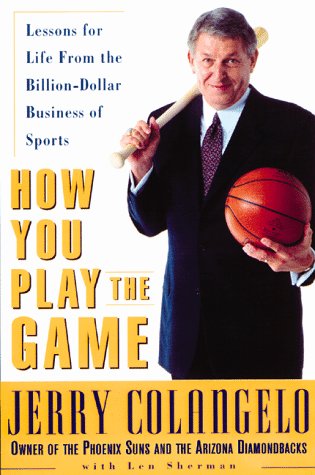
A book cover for How You Play the Game: Lessons for Life from the Billion-Dollar Business of Sports; Jerry Colangelo; Biographies & Memoirs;